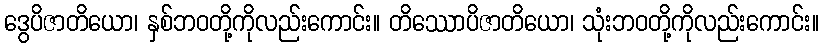
ဒွေပိဇာတိယော၊ နှစ်ဘဝတို့ကိုလည်းကောင်း။ တိဿောပိဇာတိယော၊ သုံးဘဝတို့ကိုလည်းကောင်း။